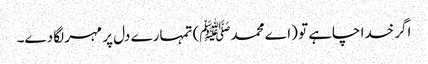
اگر خدا چاہے تو (اے محمدﷺ) تمہارے دل پر مہر لگا دے۔